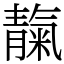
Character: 靝